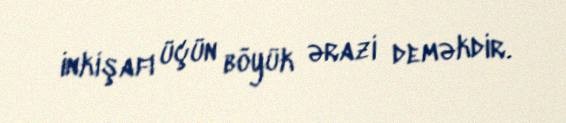
inkişafı üçün böyük ərazi deməkdir.